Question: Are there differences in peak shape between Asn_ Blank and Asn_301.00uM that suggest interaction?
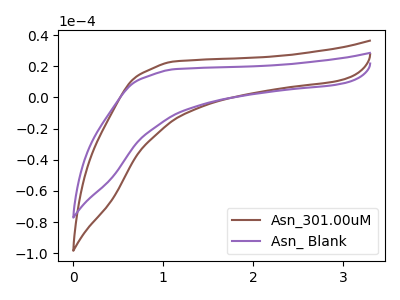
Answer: <think>The brown curve "Asn_301.00uM" has no peaks. The purple curve "Asn_ Blank" has no peaks.
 Neither "Asn_ Blank" or "Asn_301.00uM" have any peaks.</think>
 <answer>No, "Asn_ Blank" and "Asn_301.00uM" don't appear to be significantly different in shape</answer>
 <eval>no_change</eval>